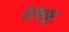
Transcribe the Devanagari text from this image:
हेरंबपूर